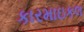
કારમાઇકલ